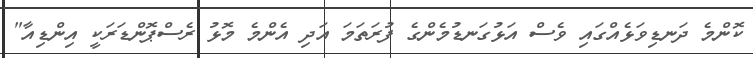
ކޮންމެ ދަނޑިވަޅެއްގައި ވެސް އަޅުގަނޑުމެންގެ ފުރަތަމަ އަދި އެންމެ މޮޅު ރެސްޕޮންޑަރަކީ އިންޑިއާ"